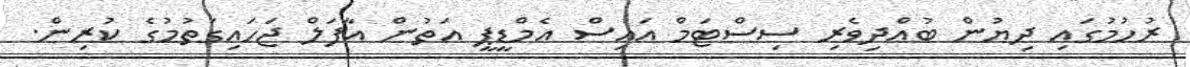
ރުހުމުގައި ދިޔުން ބުއްދިވެރި ސިސްޓަމް އައިސް އެމްޑީޕީ އަތުން އާފަލް ޖަހައިގަތުމުގެ ކުރިން.